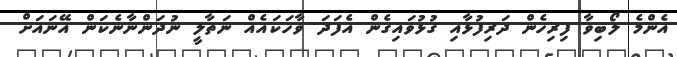
އެންމެ ލޯބިވާ ފިރިހެން ދަރިފުޅާއި ގުޅުވައިގެން އެފަދަ ވާހަކައެއް ނަތާލީ ނުދަންނާނެކަން އޭނައަށް